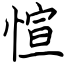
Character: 愃